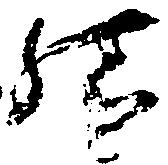
結